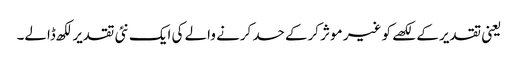
یعنی تقدیر کے لکھے کو غیر موثر کرکے حسد کرنے والے کی ایک نئی تقدیر لکھ ڈالے۔